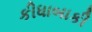
કીધાબાકી